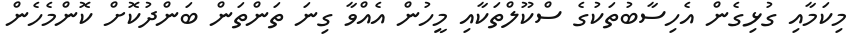
މިކަމާއި ގުޅިގެން އެހިސާބުތަކުގެ ސްކޫލްތަކާއި މީހުން އެއްވާ ގިނަ ތަންތަން ބަންދުކޮށް ކޮންމެހެން